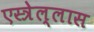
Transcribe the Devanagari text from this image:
एस्त्रेल्लास